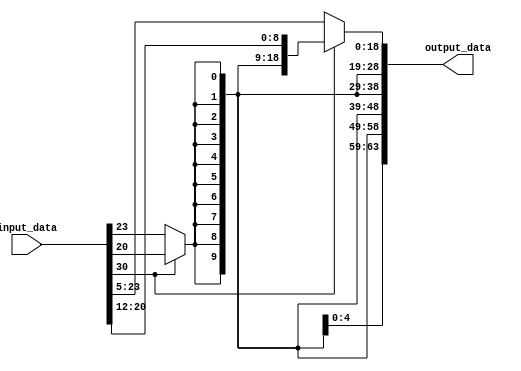
module sign_extend(input_data, output_data);
	input [31:0] input_data;
	output [63:0] output_data;

	wire Sign;
	assign  Sign = input_data[30] ? input_data[20] : input_data[23];
	assign  output_data = input_data[30] ? ({{55{Sign}}, input_data[20:12]}) : ({{45{Sign}}, input_data[23:5]});	
    
endmodule